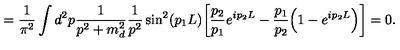
= \frac { 1 } { \pi ^ { 2 } } \int d ^ { 2 } p \frac { 1 } { p ^ { 2 } + m _ { d } ^ { 2 } } \frac { 1 } { p ^ { 2 } } \sin ^ { 2 } ( p _ { 1 } L ) \bigg [ \frac { p _ { 2 } } { p _ { 1 } } e ^ { i p _ { 2 } L } - \frac { p _ { 1 } } { p _ { 2 } } \Big ( 1 - e ^ { i p _ { 2 } L } \Big ) \bigg ] = 0 .